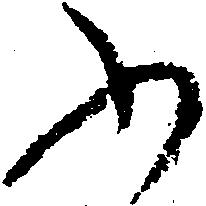
ふ